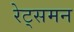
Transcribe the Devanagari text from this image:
रेट्समन